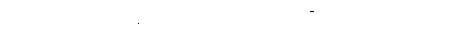
၃။ ပျဉ်ချပ်သဏ္ဌာန်ရှိသော အပြားတို့ဖြင့် စီအပ်သော အဝတ်၊